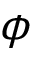
\phi